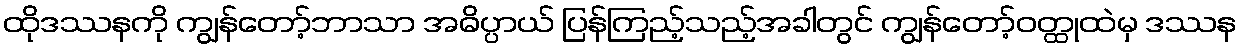
ထိုဒဿနကို ကျွန်တော့်ဘာသာ အဓိပ္ပာယ် ပြန်ကြည့်သည့်အခါတွင် ကျွန်တော့်ဝတ္ထုထဲမှ ဒဿန